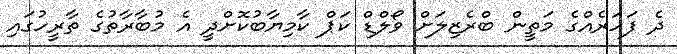
ދެ ފަހަރެއްގެ މަތީން ބްރެޒިލަށް ވޯލްޑް ކަޕް ކާމިޔާބުކޮށްދީ އެ މުބާރާތުގެ ތާރީހުގައި